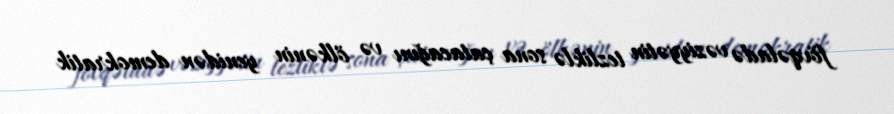
fövqəladə vəziyyətin tezliklə sona çatacağını və ölkənin yenidən demokratik